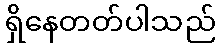
ရှိနေတတ်ပါသည်